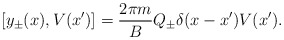
\begin{align*}[y_{\pm}(x), V(x')] = {2 \pi m \over B} Q_{\pm} \delta(x-x') V(x').\end{align*}